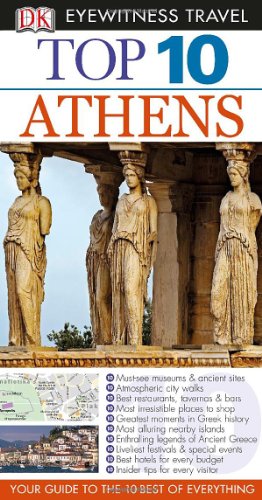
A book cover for Top 10 Athens (Eyewitness Top 10 Travel Guide); Coral Davenport; Travel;